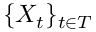
\{ X _ { t } \} _ { t \in T }